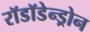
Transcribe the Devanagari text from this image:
रॉडॉडेन्ड्रोन